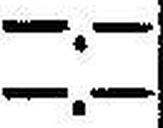
—.—